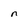
Character: n